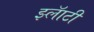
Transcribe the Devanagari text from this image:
झ्लॅाटी